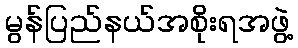
မွန်ပြည်နယ်အစိုးရအဖွဲ့